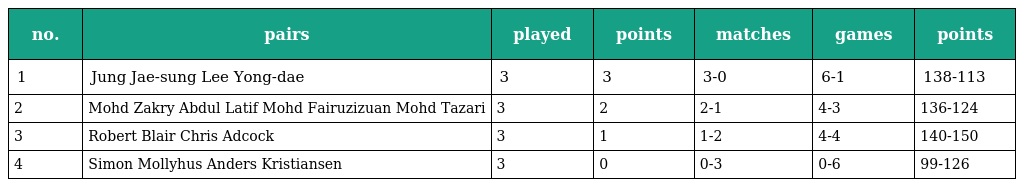
| no. | pairs | played | points | matches | games | points |
 | --- | --- | --- | --- | --- | --- | --- |
 | 1 | Jung Jae-sung Lee Yong-dae | 3 | 3 | 3-0 | 6-1 | 138-113 |
 | 2 | Mohd Zakry Abdul Latif Mohd Fairuzizuan Mohd Tazari | 3 | 2 | 2-1 | 4-3 | 136-124 |
 | 3 | Robert Blair Chris Adcock | 3 | 1 | 1-2 | 4-4 | 140-150 |
 | 4 | Simon Mollyhus Anders Kristiansen | 3 | 0 | 0-3 | 0-6 | 99-126 |